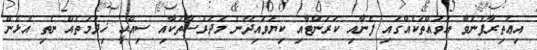
އިޢުތިރާފުނުވާ އަވައްތަކެއްގައި ފެނާއި ކަރަންޓާއި ކިޔަވައިދޭނެ މަދަރުސާތަކާއި ސިއްޙީ ޚިދުމަތެއް ނެތި އުޅެން